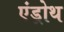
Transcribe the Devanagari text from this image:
एंड्रोथ